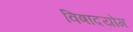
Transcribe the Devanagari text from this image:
विषादयोग